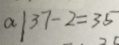
a \vert 3 7 - 2 = 3 5